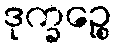
ဒုက္ခဉ္စေ